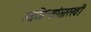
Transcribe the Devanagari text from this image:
खंजिऱ्यांसारखी